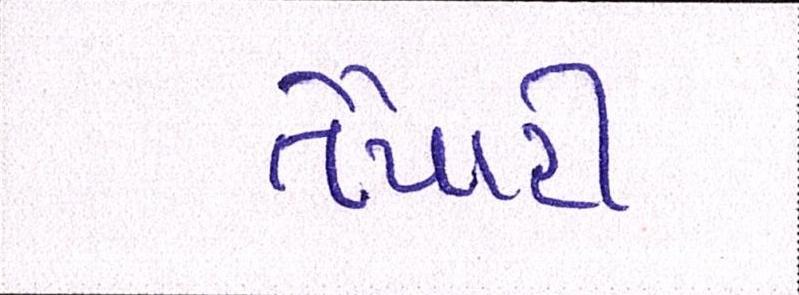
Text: તૈયારી